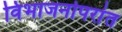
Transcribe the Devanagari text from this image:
विभाजनोपरांत